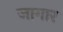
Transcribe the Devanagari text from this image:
जागार